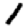
Digit: 1